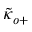
{ \tilde { \kappa } } _ { o + }